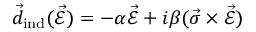
\vec { d } _ { \mathrm { i n d } } ( \vec { \mathcal { E } } ) = - \alpha \vec { \mathcal { E } } + i \beta ( \vec { \sigma } \times \vec { \mathcal { E } } )